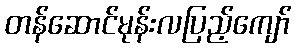
တန်ဆောင်မုန်းလပြည့်ကျော်